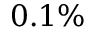
0 . 1 \%